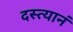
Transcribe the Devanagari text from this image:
दस्त्यानं